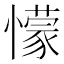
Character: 懞